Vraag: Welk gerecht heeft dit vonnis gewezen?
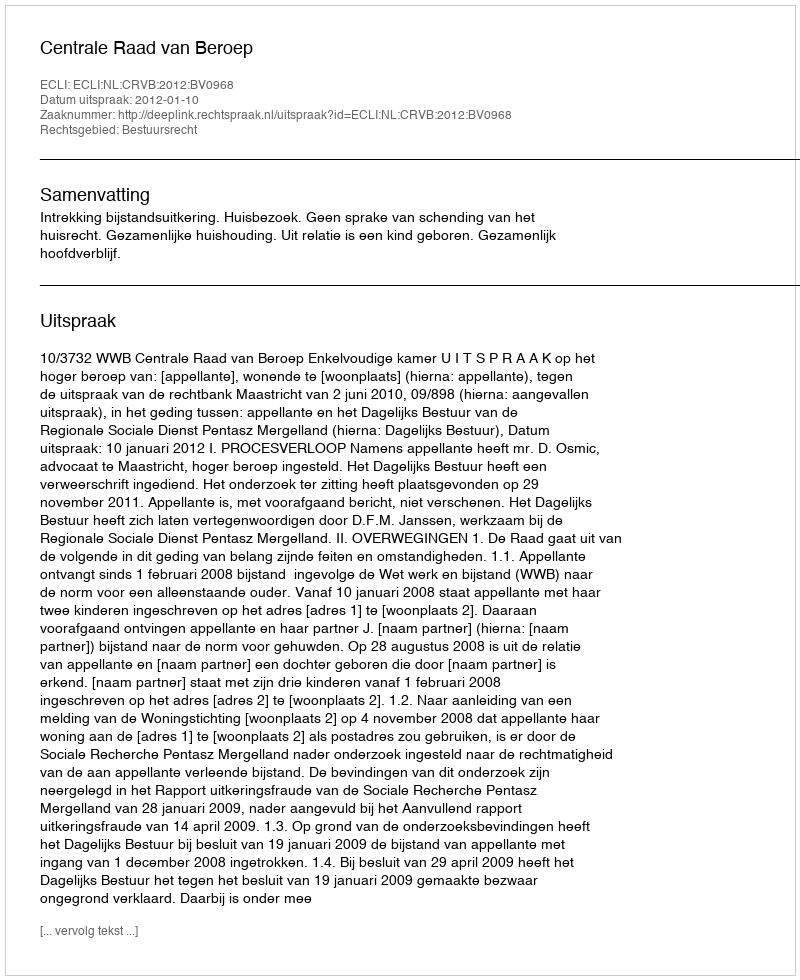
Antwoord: Centrale Raad van Beroep